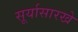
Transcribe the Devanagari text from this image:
सूर्यासारखे